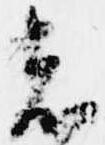
者